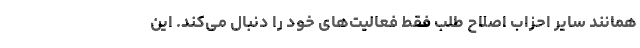
همانند سایر احزاب اصلاح طلب فقط فعالیت‌های خود را دنبال می‌کند. این